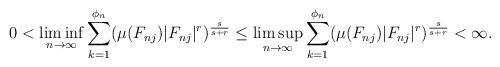
LaTeX: \begin{align*}0<\liminf_{n\to\infty}\sum_{k=1}^{\phi_{n}}(\mu(F_{nj})|F_{nj}|^{r})^{\frac{s}{s+r}}\leq\limsup_{n\to\infty}\sum_{k=1}^{\phi_{n}}(\mu(F_{nj})|F_{nj}|^{r})^{\frac{s}{s+r}}<\infty.\end{align*}